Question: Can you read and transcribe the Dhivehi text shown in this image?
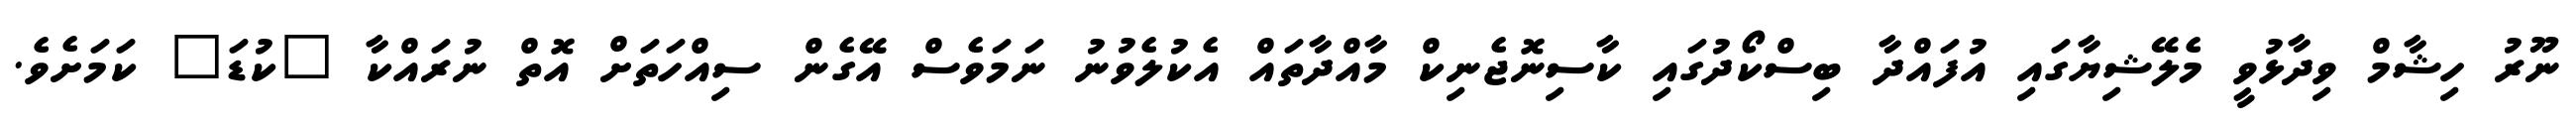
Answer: ނޫރު ހިޝާމް ވިދާޅުވީ މެލޭޝިޔާގައި އުފައްދާ ބިސްކޯދުގައި ކާސިނޮޖެނިކް މާއްދާތައް އެކުލެވުނު ނަމަވެސް އޭގެން ސިއްހަތަށް އޮތް ނުރައްކާ "ކުޑަ" ކަމަށެވެ.